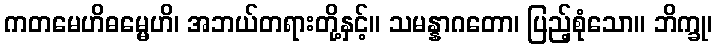
ကတမေဟိဓမ္မေဟိ၊ အဘယ်တရားတို့နှင့်။ သမန္နာဂတော၊ ပြည့်စုံသော။ ဘိက္ခု၊